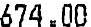
674.00